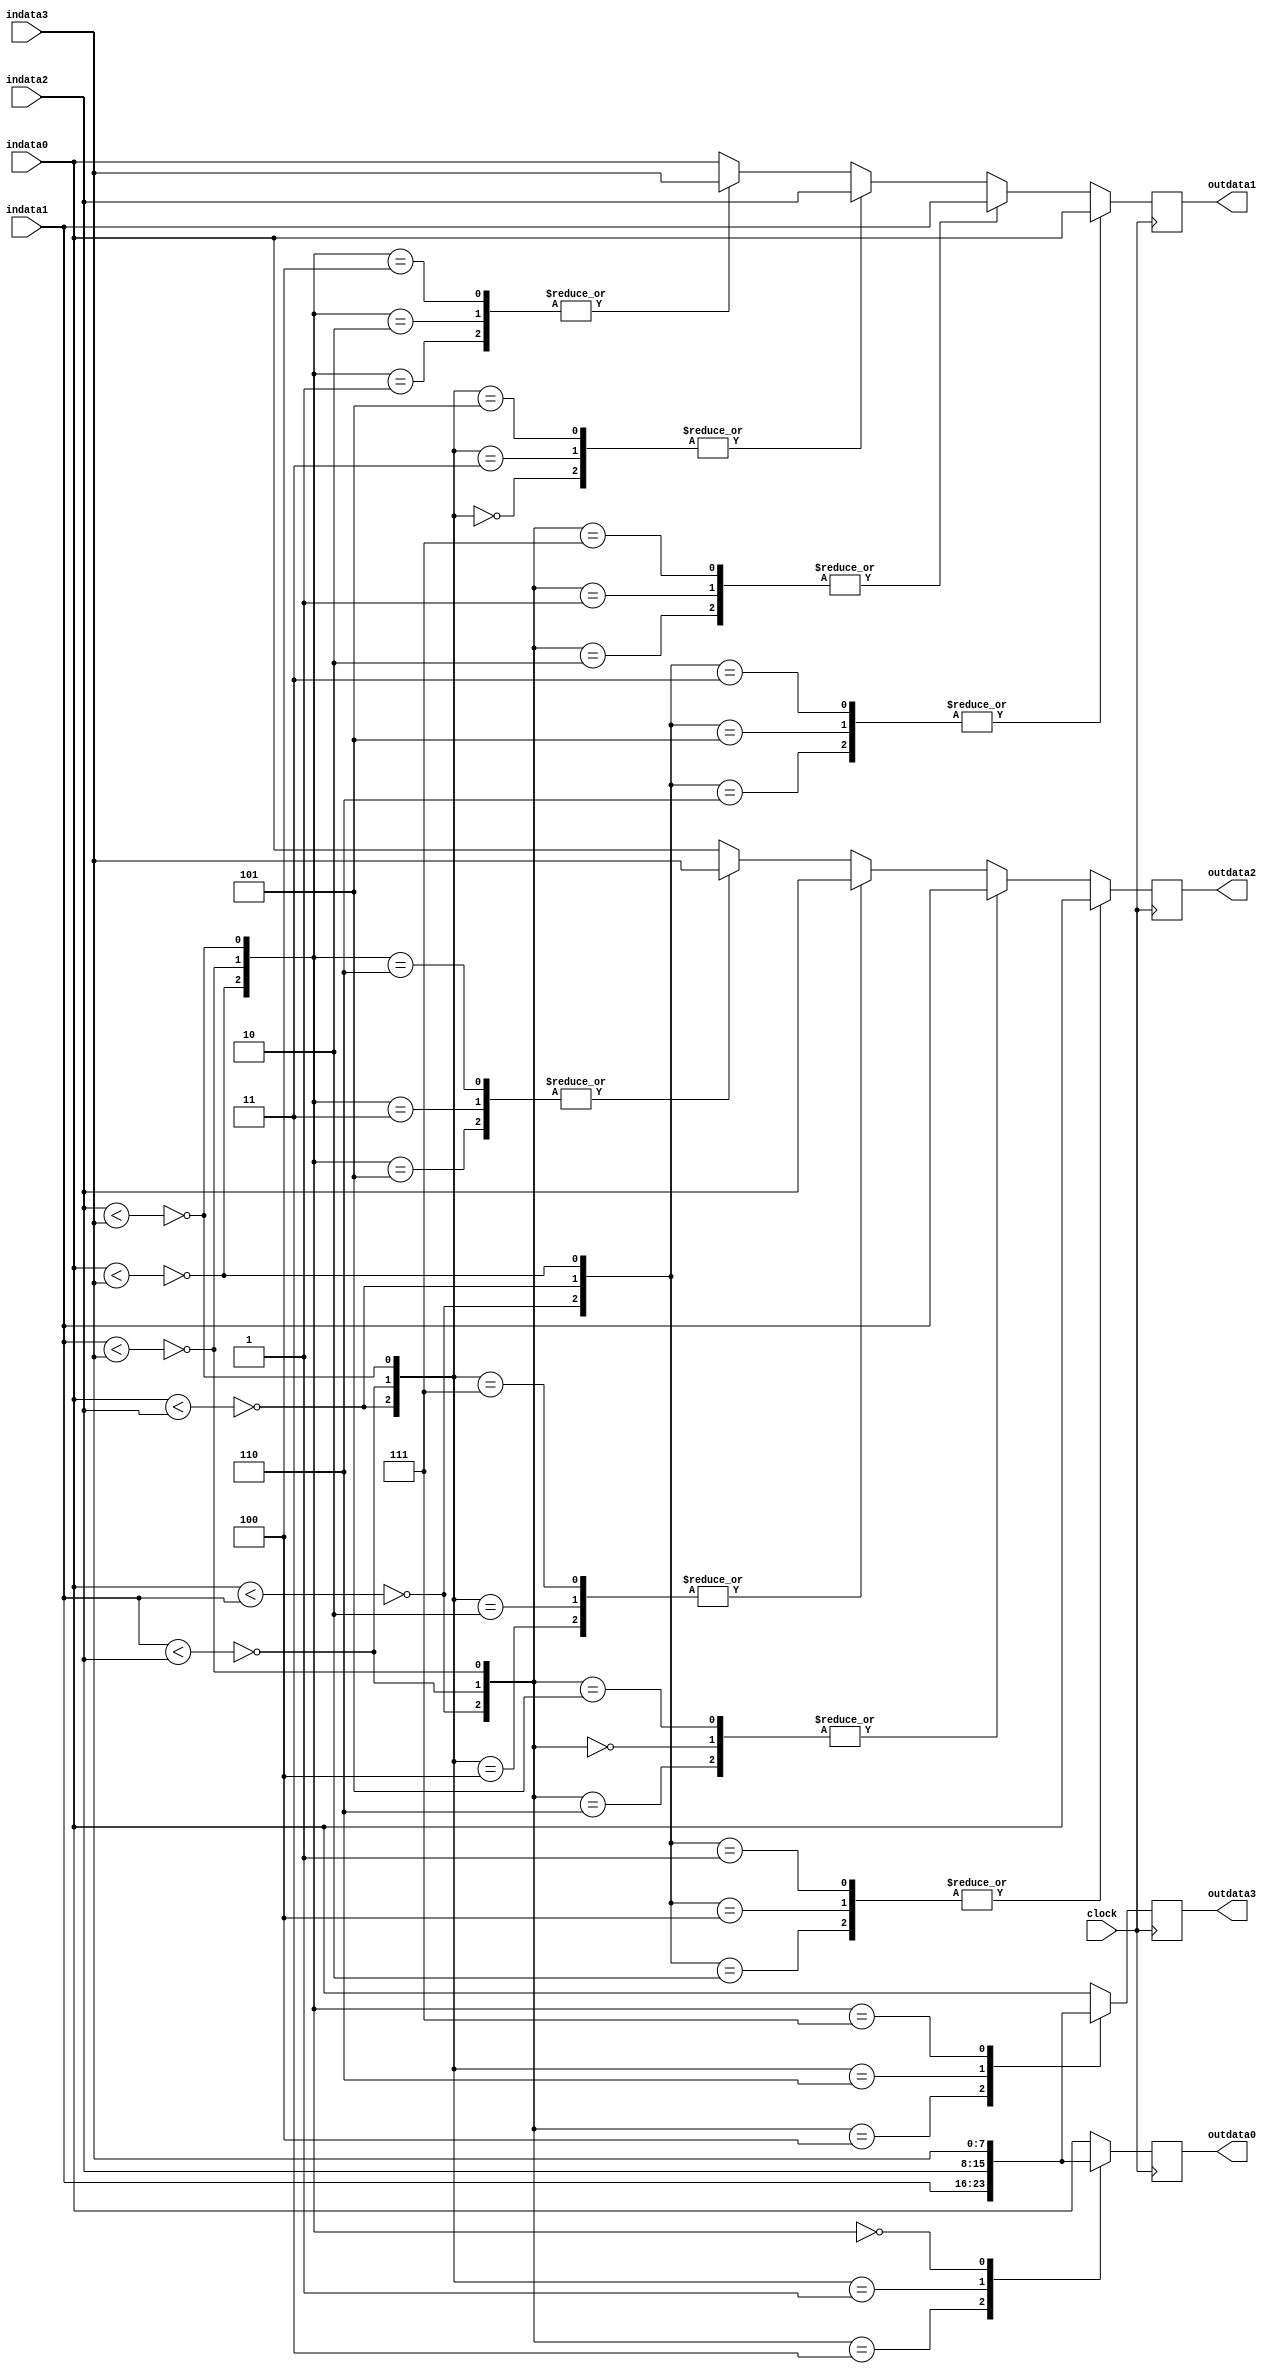
/*******************************************************
______________                ______________
______________ \  /\  /|\  /| ______________
______________  \/  \/ | \/ | ______________

--Module Name:
--Project Name:
--Chinese Description:
	4
--English Description:
	
--Version:VERA.1.0.0
--Data modified:
--author:Young-
--E-mail: wmy367@Gmail.com
--Data created:
________________________________________________________
********************************************************/
`timescale 1ns/1ps
module order_1_4 #(
	parameter DSIZE	= 8
)(
	input					clock		,
	input [DSIZE-1:0]		indata0     ,
	input [DSIZE-1:0]		indata1     ,
	input [DSIZE-1:0]		indata2     ,
	input [DSIZE-1:0]		indata3     ,
                                        
	output [DSIZE-1:0]		outdata0    ,
	output [DSIZE-1:0]		outdata1    ,
	output [DSIZE-1:0]		outdata2    ,
	output [DSIZE-1:0]		outdata3
);

wire		cmp_0_1;
wire		cmp_0_2;
wire		cmp_0_3;
wire		cmp_1_2;
wire		cmp_1_3;
wire		cmp_2_3;

assign		cmp_0_1	= !(indata0 < indata1);
assign		cmp_0_2	= !(indata0 < indata2);
assign		cmp_0_3	= !(indata0 < indata3);
assign		cmp_1_2	= !(indata1 < indata2);
assign		cmp_1_3	= !(indata1 < indata3);
assign		cmp_2_3	= !(indata2 < indata3);
wire [5:0]	cmp;
assign		cmp		=    {	cmp_0_1,
							cmp_0_2,
							cmp_0_3,
							cmp_1_2,
							cmp_1_3,
							cmp_2_3    };   

/*  
   	    0
  	c0  |   c1
       c2
		|
1-- c3------c2--2
        |
		c2    
    c4  |   c5
        3
*/


reg [DSIZE-1:0]	cmpdata [3:0];

always@(posedge clock)begin
	casex(cmp)
	6'b111_xxx:	cmpdata[0]	<= indata0;	//D0>d1 D0>d2 D0>d3
	6'b0xx_11x:	cmpdata[0]	<= indata1; //d0<D1 D1>d2 D1>d3
	6'bx0x_0x1:	cmpdata[0]	<= indata2; //d0<D2 d1<D2 D2>d3                        
	6'bxx0_x00:	cmpdata[0]	<= indata3; //d0<D3 d1<D3 d2<D3
	default:	cmpdata[0]	<= indata0; 
	endcase                        
end                         

always@(posedge clock)begin
	casex(cmp)
	6'b011_xxx,6'b101_xxx,6'b110_xxx:	cmpdata[1]	<= indata0;	//D0-01-d1 D0-01-d2 D0-01-d3
	6'b1xx_11x,6'b0xx_01x,6'b0xx_10x:	cmpdata[1]	<= indata1; //d0-01-D1 D1-01-d2 D1-01-d3
	6'bx1x_0x1,6'bx0x_1x1,6'bx0x_0x0:	cmpdata[1]	<= indata2; //d0-01-D2 d1-01-D2 D2-01-d3
	6'bxx1_x00,6'bxx0_x10,6'bxx0_x01:	cmpdata[1]	<= indata3; //d0-01-D3 d1-01-D3 d2-01-D3
	default:							cmpdata[1]	<= indata0;
	endcase
end

always@(posedge clock)begin
	casex(cmp)
	6'b001_xxx,6'b100_xxx,6'b010_xxx:	cmpdata[2]	<= indata0;	//D0-01-d1 D0-01-d2 D0-01-d3
	6'b1xx_01x,6'b0xx_00x,6'b1xx_10x:	cmpdata[2]	<= indata1; //d0-01-D1 D1-01-d2 D1-01-d3
	6'bx1x_1x1,6'bx0x_1x0,6'bx1x_0x0:	cmpdata[2]	<= indata2; //d0-01-D2 d1-01-D2 D2-01-d3
	6'bxx1_x10,6'bxx0_x11,6'bxx1_x01:	cmpdata[2]	<= indata3; //d0-01-D3 d1-01-D3 d2-01-D3
	default:							cmpdata[2]	<= indata0;
	endcase
end
always@(posedge clock)begin
	casex(cmp)
	6'b000_xxx:	cmpdata[3]	<= indata0;	//D0<d1 D0<d2 D0<d3
	6'b1xx_00x:	cmpdata[3]	<= indata1; //d0>D1 D1<d2 D1<d3
	6'bx1x_1x0:	cmpdata[3]	<= indata2; //d0>D2 d1>D2 D2<d3                        
	6'bxx1_x11:	cmpdata[3]	<= indata3; //d0>D3 d1>D3 d2>D3
	default:	cmpdata[3]	<= indata0;
	endcase   
end
assign	outdata0	= cmpdata[0];
assign	outdata1	= cmpdata[1];
assign	outdata2	= cmpdata[2];
assign	outdata3	= cmpdata[3];

endmodule